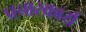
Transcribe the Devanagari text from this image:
प्रचारकार्य